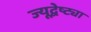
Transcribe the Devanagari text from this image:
ज्यूद्वेष्ट्या